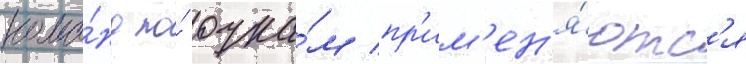
кома́нд по́ очка́м пр'им'ен'я́ютс'я